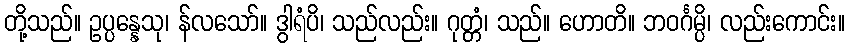
တို့သည်။ ဥပ္ပန္နေသု၊ န်လသော်။ ဒွါရံပိ၊ သည်လည်း။ ဂုတ္တံ၊ သည်။ ဟောတိ။ ဘဝင်္ဂမ္ပိ၊ လည်းကောင်း။